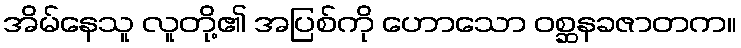
အိမ်နေသူ လူတို့၏ အပြစ်ကို ဟောသော ဝစ္ဆနခဇာတက။